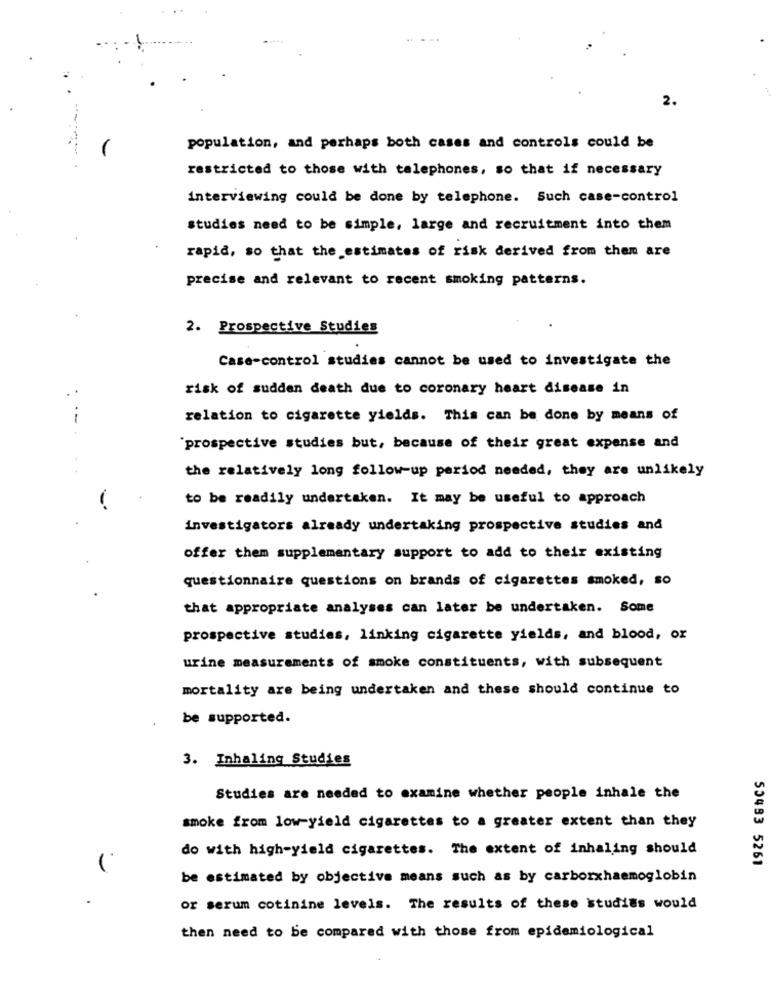
2.
population, and perhaps both cases and controls could be
restricted to those with telephones, so that if necessary
interviewing could be done by telephone. Such case-control
studies need to be simple, large and recruitment into them
rapid, so that the estimates of risk derived from them are
precise and relevant to recent smoking patterns.
2. Prospective Studies
Case-control studies cannot be used to investigate the
risk of sudden death due to coronary heart disease in
1
relation to cigarette yields. This can be done by means of
prospective studies but, because of their great expense and
the relatively long follow-up period needed, they are unlikely
to be readily undertaken. It may be useful to approach
-
investigators already undertaking prospective studies and
offer them supplementary support to add to their existing
questionnaire questions on brands of cigarettes smoked, so
that appropriate analyses can later be undertaken. Some
prospective studies, linking cigarette yields, and blood, or
urine measurements of smoke constituents, with subsequent
mortality are being undertaken and these should continue to
be supported.
3. Inhaling Studies
Studies are needed to examine whether people inhale the
smoke from low-yield cigarettes to a greater extent than they
do with high-yield cigarettes. The extent of inhaling should
50493 5261
be estimated by objective means such as by carborxhaemoglobin
or serum cotinine levels. The results of these studies would
then need to be compared with those from epidemiological